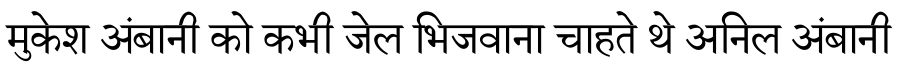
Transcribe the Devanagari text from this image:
मुकेश अंबानी को कभी जेल भिजवाना चाहते थे अनिल अंबानी